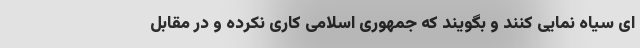
ای سیاه نمایی کنند و بگویند که جمهوری اسلامی کاری نکرده و در مقابل